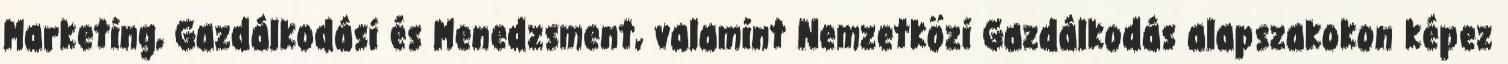
Marketing, Gazdálkodási és Menedzsment, valamint Nemzetközi Gazdálkodás alapszakokon képez